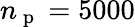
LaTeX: n_{\mathrm{~p~}}=5000